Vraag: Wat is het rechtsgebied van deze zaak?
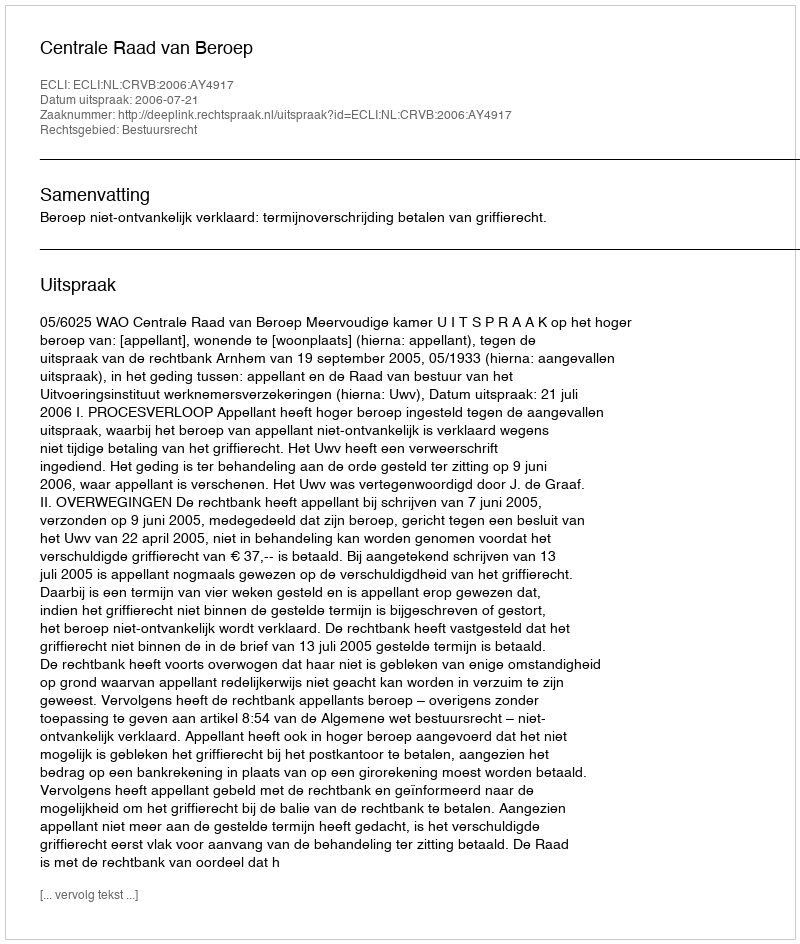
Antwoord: Bestuursrecht